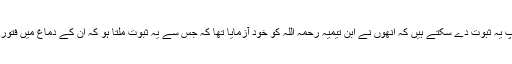
کیا آپ یہ ثبوت دے سکتے ہیں کہ انھوں نے ابن تیمیہ رحمہ اللہ کو خود آزمایا تھا کہ جس سے یہ ثبوت ملتا ہو کہ ان کے دماغ میں فتور تھا ۔